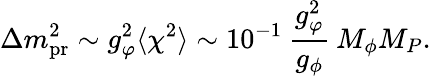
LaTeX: \Delta{m}_{\mathrm{pr}}^{2}\sim g_{\varphi}^{2}\langle\chi^{2}\rangle\sim 10^{-1}\: \frac{g_{\varphi}^{2}}{g_{\phi}}\: M_{\phi}M_{P}.